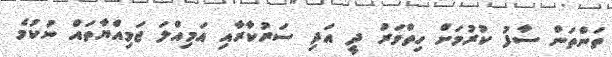
ތަންތަން ސާފު ކުރުމަށް ހިތްވަރު ދީ އަދި ސަރުކާރާއި އަމިއްލަ ޖަމިއްޔާތައް ނުކުމެ